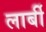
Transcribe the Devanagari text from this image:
लार्बी